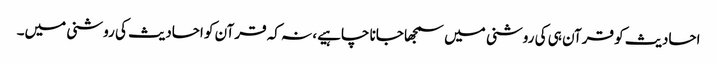
احادیث کو قرآن ہی کی روشنی میں سمجھا جانا چاہیے، نہ کہ قرآن کو احادیث کی روشنی میں۔